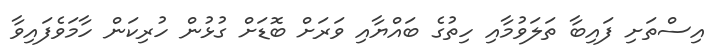
އިސްތަށި ފައިބާ ތަލަވުމާއި ހިތުގެ ބައްޔާއި ވަރަށް ބޮޑަށް ގުޅުން ހުރިކަން ހާމަވެފައިވާ